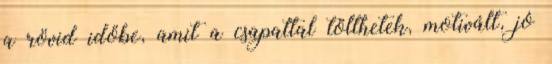
a rövid időbe, amit a csapattal tölthetek, motivált, jó